Report of the Indian Hemp Drugs Commission, 1894-1895 - Volume IV
Year: 1894
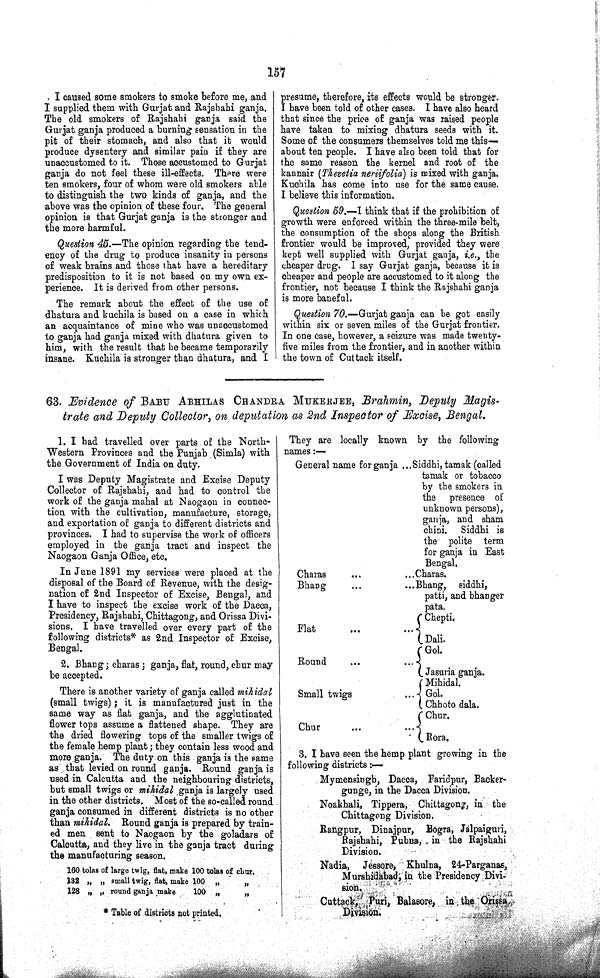
157
I caused some smokers to smoke before me, and
I supplied them with Gurjat and Rajshahi ganja.
The old smokers of Rajshahi ganja said the
Gurjat ganja produced a burning sensation in the
pit of their stomach, and also that it would
produce dysentery and similar pain if they are
unaccustomed to it. Those accustomed to Gurjat
ganja do not feel these ill-effects. There were
ten smokers, four of whom were old smokers able
to distinguish the two kinds of ganja, and the
above was the opinion of these four. The general
opinion is that Gurjat ganja is the stronger and
the more harmful.
Question 45.—The opinion regarding the tend¬
ency of the drug to produce insanity in persons
of weak brains and those that have a hereditary
predisposition to it is not based on my own ex¬
perience. It is derived from other persons.
The remark about the effect of the use of
dhatura and kuchila is based on a case in which
an acquaintance of mine who was unaccustomed
to ganja had ganja mixed with dhatura given to
him, with the result that he became temporarily
insane. Kuchila is stronger than dhatura, and I
presume, therefore, its effects would be stronger.
I have been told of other cases. I have also heard
that since the price of ganja was raised people
have taken to mixing dhatura seeds with it.
Some of the consumers themselves told me this—
about ten people. I have also been told that for
the same reason the kernel and root of the
kannair (Thevetia neriifolia) is mixed with ganja.
Kuchila has come into use for the same cause.
I believe this information.
Question 59.—I think that if the prohibition of
growth were enforced within the three-mile belt,
the consumption of the shops along the British
frontier would be improved, provided they were
kept well supplied with Gurjat ganja, i.e., the
cheaper drug. I say Gurjat ganja, because it is
cheaper and people are accustomed to it along the
frontier, not because I think the Rajshahi ganja
is more baneful.
Question 70.—Gurjat ganja can be got easily
within six or seven miles of the Gurjat frontier.
In one case, however, a seizure was made twenty-
five miles from the frontier, and in another within
the town of Cuttack itself.
63. Evidence of BABU ABHILAS CHANDRA MUKERJEE, Brahmin, Deputy Magis¬
trate and Deputy Collector, on deputation as 2nd Inspector of Excise, Bengal.
1. I had travelled over parts of the North-
Western Provinces and the Punjab (Simla) with
the Government of India on duty.
I was Deputy Magistrate and Excise Deputy
Collector of Rajshahi, and had to control the
work of the ganja mahal at Naogaon in connec¬
tion with the cultivation, manufacture, storage,
and exportation of ganja to different districts and
provinces. I had to supervise the work of officers
employed in the ganja tract and inspect the
Naogaon Ganja Office, etc.
In June 1891 my services were placed at the
disposal of the Board of Revenue, with the desig¬
nation of 2nd Inspector of Excise, Bengal, and
I have to inspect the excise work of the Dacca,
Presidency, Rajshahi, Chittagong, and Orissa Divi¬
sions. I have travelled over every part of the
following districts* as 2nd Inspector of Excise,
Bengal.
2. Bhang; charas; ganja, flat, round, chur may
be accepted.
There is another variety of ganja called mihidal
(small twigs); it is manufactured just in the
same way as flat ganja, and the agglutinated
flower tops assume a flattened shape. They are
the dried flowering tops of the smaller twigs of
the female hemp plant; they contain less wood and
more ganja. The duty on this ganja is the same
as that levied on round ganja. Round ganja is
used in Calcutta and the neighbouring districts,
but small twigs or mihidal ganja is largely used
in the other districts. Most of the so-called round
ganja consumed in different districts is no other
than mihidal. Round ganja is prepared by train¬
ed men sent to Naogaon by the goladars of
Calcutta, and they live in the ganja tract during
the manufacturing season.
160 tolas of large twig, flat, make 100 tolas of chur.
132 " " small twig, flat, make 100
"
"
128 " " round ganja make
100
"
"
* Table of districts not printed.
They are locally known by the following
names:—
General name for ganja Siddhi, tamak (called
tamak or tobacco
by the smokers in
the presence of
unknown persons),
ganja, and sham
chini. Siddhi is
the polite term
for ganja in East
Bengal.
Charas
Charas.
Bhang
Bhang, siddhi,
patti, and bhanger
pata.
Bhang, siddhi,
patti, and bhanger
pata.
Chepti.
Dali.
Flat
Chepti.
Dali.
Gol.
Jasuria ganja.
Round
Gol.
Jasuria ganja.
Gol.
Jasuria ganja.
Mihidal.
Gol.
Chhoto dala.
Small twigs
Mihidal.
Gol.
Chhoto dala.
Mihidal.
Gol.
Chhoto dala.
Chur.
Rora.
Chur
Chur.
Rora.
Chur.
Rora.
3. I have seen the hemp plant growing in the
following districts:—
Mymensingh, Dacca, Faridpur, Backer-
gunge, in the Dacca Division.
Noakhali, Tippera, Chittagong, in the
Chittagong Division.
Rangpur, Dinajpur, Bogra, Jalpaiguri,
Rajshahi, Pubna, in the Rajshahi
Division.
Nadia, Jessore, Khulna, 24-Parganas,
Murshidabad, in the Presidency Div-
sion.
Cuttack, Puri, Balasore, in the Orissa
Division.